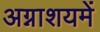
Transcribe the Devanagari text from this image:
अग्नाशयमें